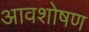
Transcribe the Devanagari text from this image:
आवशोषण